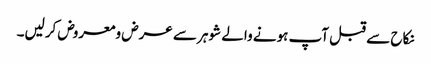
نکاح سے قبل آپ ہونے والے شوہر سے عرض ومعروض کرلیں۔